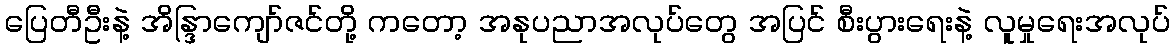
ပြေတီဦးနဲ့ အိန္ဒြာကျော်ဇင်တို့ ကတော့ အနုပညာအလုပ်တွေ အပြင် စီးပွားရေးနဲ့ လူမှုရေးအလုပ်